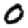
Digit: 0